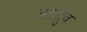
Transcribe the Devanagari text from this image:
अष्टध्रुव